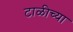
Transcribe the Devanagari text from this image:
टाळीच्या